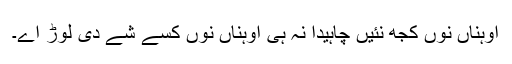
اوہناں نوں کجھ نئیں چاہیدا نہ ہی اوہناں نوں کسے شے دی لوڑ اے۔